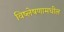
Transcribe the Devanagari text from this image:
विष्लेषणामधील